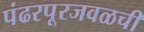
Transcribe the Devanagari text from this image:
पंढरपूरजवळची